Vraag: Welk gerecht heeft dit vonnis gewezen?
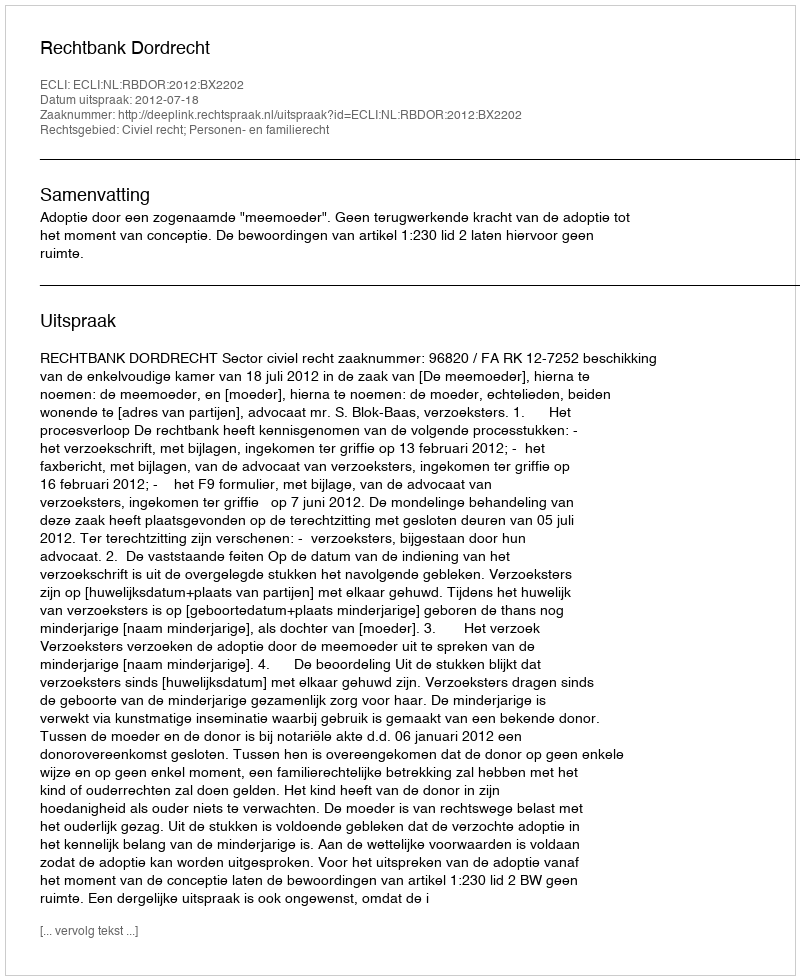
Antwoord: Rechtbank Dordrecht